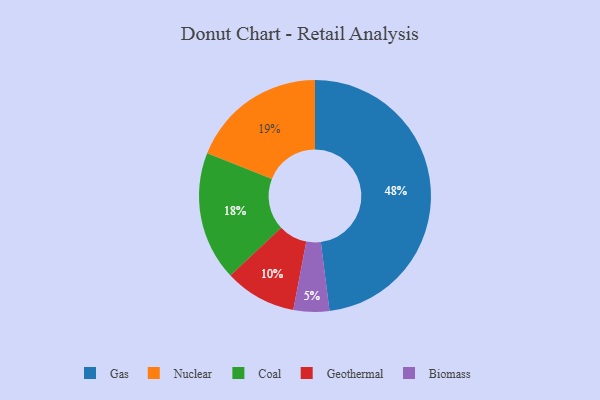
{"axis": {"x": "Category", "y": "Percentage"}, "legend": ["Biomass", "Coal", "Gas", "Geothermal", "Nuclear"], "data": [{"x": "Coal", "y": 18, "type": "Coal"}, {"x": "Gas", "y": 48, "type": "Gas"}, {"x": "Biomass", "y": 5, "type": "Biomass"}, {"x": "Nuclear", "y": 19, "type": "Nuclear"}, {"x": "Geothermal", "y": 10, "type": "Geothermal"}]}